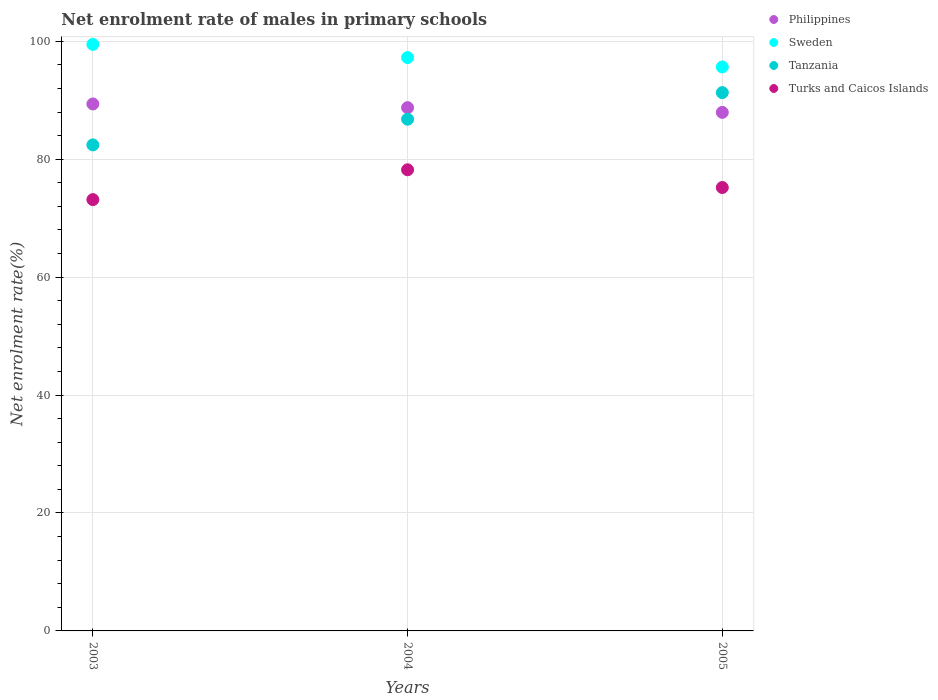
| Years | Philippines | Sweden | Tanzania | Turks and Caicos Islands |
 | --- | --- | --- | --- | --- |
 | 2003 | 89.4 | 99.5 | 82.4 | 73.2 |
 | 2004 | 88.7 | 97.2 | 86.8 | 78.2 |
 | 2005 | 87.9 | 95.7 | 91.3 | 75.2 |